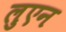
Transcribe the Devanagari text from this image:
लुएन